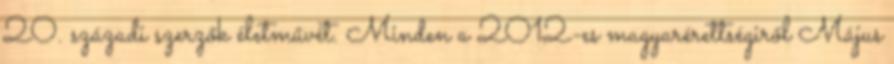
20. századi szerzők életművét. Minden a 2012-es magyarérettségiről Május